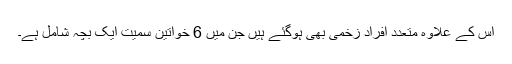
اس کے علاوہ متعدد افراد زخمی بھی ہوگئے ہیں جن میں 6 خواتین سمیت ایک بچہ شامل ہے۔